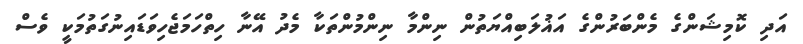
އަދި ކޮމިޝަންގެ މެންބަރުންގެ އަޣުލަބިއްޔަތުން ނިންމާ ނިންމުންތަކާ މެދު އޭނާ ހިތްހަމަޖެހިވަޑައިނުގަތުމަކީ ވެސް